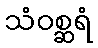
သံဝစ္ဆရံ